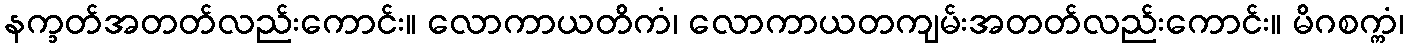
နက္ခတ်အတတ်လည်းကောင်း။ လောကာယတိကံ၊ လောကာယတကျမ်းအတတ်လည်းကောင်း။ မိဂစက္ကံ၊